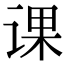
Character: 课